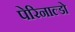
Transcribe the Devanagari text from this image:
पेरिनाल्डो